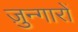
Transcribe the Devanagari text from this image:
ज़ुन्गारों